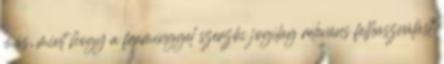
más, mint hogy a framinggel szerzői jogilag releváns felhasználást